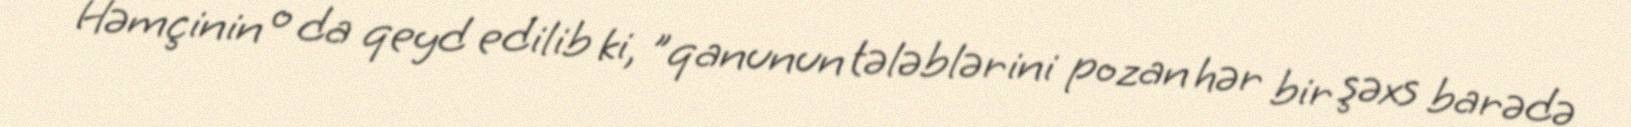
Həmçinin o da qeyd edilib ki, "qanunun tələblərini pozan hər bir şəxs barədə